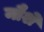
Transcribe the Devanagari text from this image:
नौशे